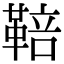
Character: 鞛